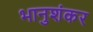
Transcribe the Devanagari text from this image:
भानुशंकर